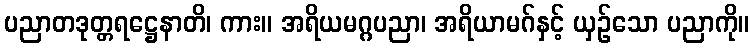
ပညာတဒုတ္တရဋ္ဌေနာတိ၊ ကား။ အရိယမဂ္ဂပညာ၊ အရိယာမဂ်နှင့် ယှဉ်သော ပညာကို။